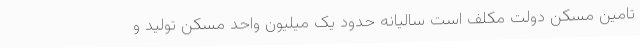
تامین مسکن دولت مکلف است سالیانه حدود یک میلیون واحد مسکن تولید و